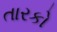
તારકો